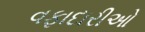
વફાદારીઓ